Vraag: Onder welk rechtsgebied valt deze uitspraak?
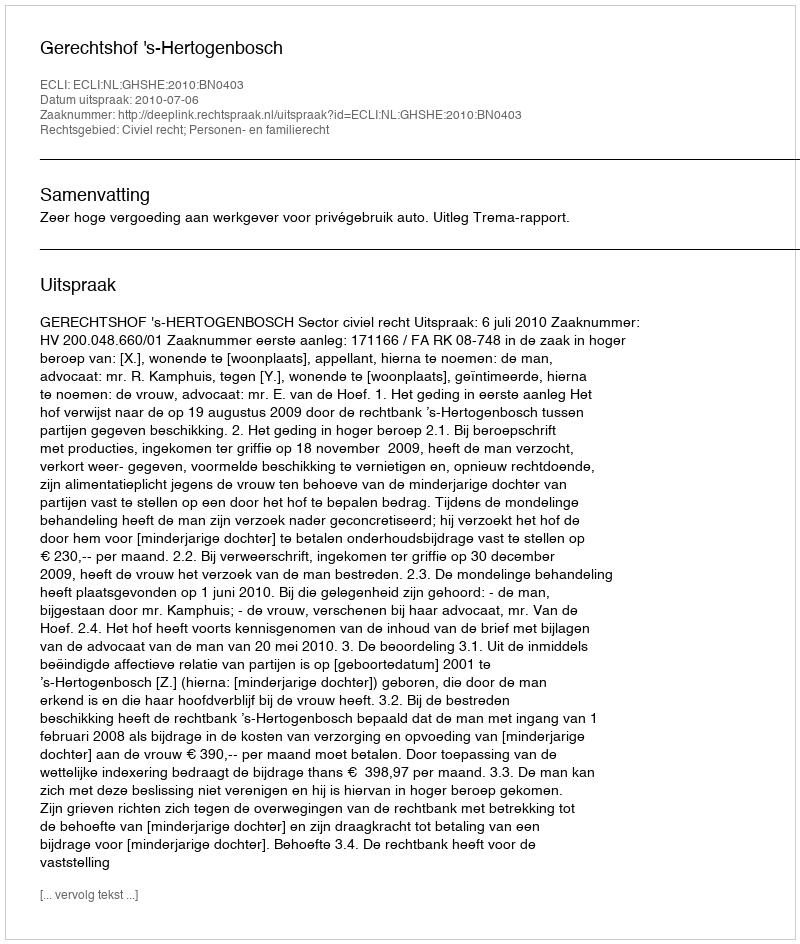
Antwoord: Civiel recht; Personen- en familierecht